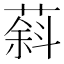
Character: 䔑